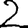
Digit: 2